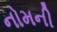
નોમની